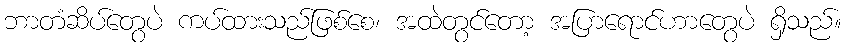
ဘာတံဆိပ်တွေပဲ ကပ်ထားသည်ဖြစ်စေ၊ အထဲတွင်တော့ အပြာရောင်ဟာတွေပဲ ရှိသည်။